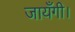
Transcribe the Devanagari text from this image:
जायँगी।